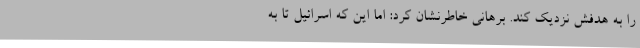
را به هدفش نزدیک کند. برهانی خاطرنشان کرد: اما این که اسرائیل تا به